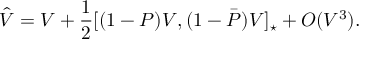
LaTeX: \hat { V } = V + \frac { 1 } { 2 } [ ( 1 - P ) V , ( 1 - \bar { P } ) V ] _ { \star } + O ( V ^ { 3 } ) .